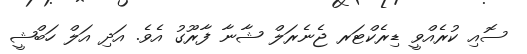
ސޮއި ކުރެއްވީ ޑިރެކްޓަރ ޖެނެރަލް ޝާނާ ފާރޫގު އެވެ. އަދި އަލް ހަބްޝީ